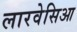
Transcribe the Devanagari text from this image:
लारवेसिआ